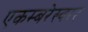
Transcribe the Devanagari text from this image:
एकम्बरेस्वरर